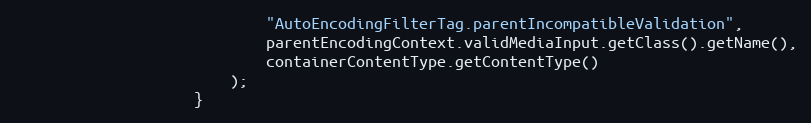
Language: Java
							"AutoEncodingFilterTag.parentIncompatibleValidation",
							parentEncodingContext.validMediaInput.getClass().getName(),
							containerContentType.getContentType()
						);
					}